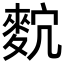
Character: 𪌡